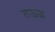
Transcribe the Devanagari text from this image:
लऊळ